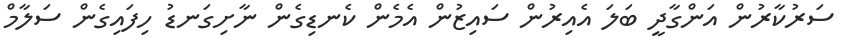
ސަރުކާރުން އަންގާދީ ބަލަ އެއިރުން ސައިޒުން އެމެން ކެނޑިގެން ނާށިގަނޑު ހިފައިގެން ސަލާމް